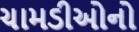
ચામડીઓનો